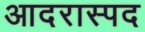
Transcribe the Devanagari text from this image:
आदरास्पद